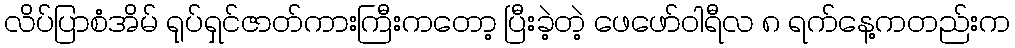
လိပ်ပြာစံအိမ် ရုပ်ရှင်ဇာတ်ကားကြီးကတော့ ပြီးခဲ့တဲ့ ဖေဖော်ဝါရီလ ၈ ရက်နေ့ကတည်းက